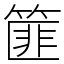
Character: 篚